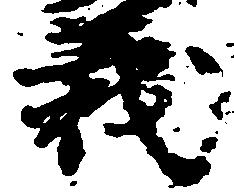
義